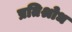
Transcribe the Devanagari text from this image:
प्रतिश्रोध